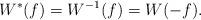
LaTeX: \begin{align*}W^*(f) = W^{-1}(f) = W(-f).\end{align*}